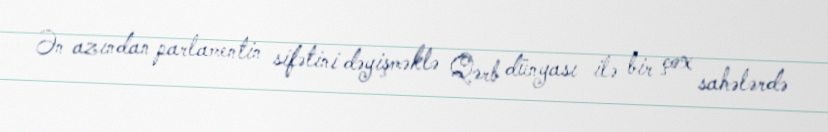
Ən azından parlamentin sifətini dəyişməklə Qərb dünyası ilə bir çox sahələrdə